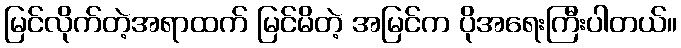
မြင်လိုက်တဲ့အရာထက် မြင်မိတဲ့ အမြင်က ပိုအရေးကြီးပါတယ်။